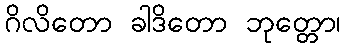
ဂိလိတော ခါဒိတော ဘုတ္တော၊